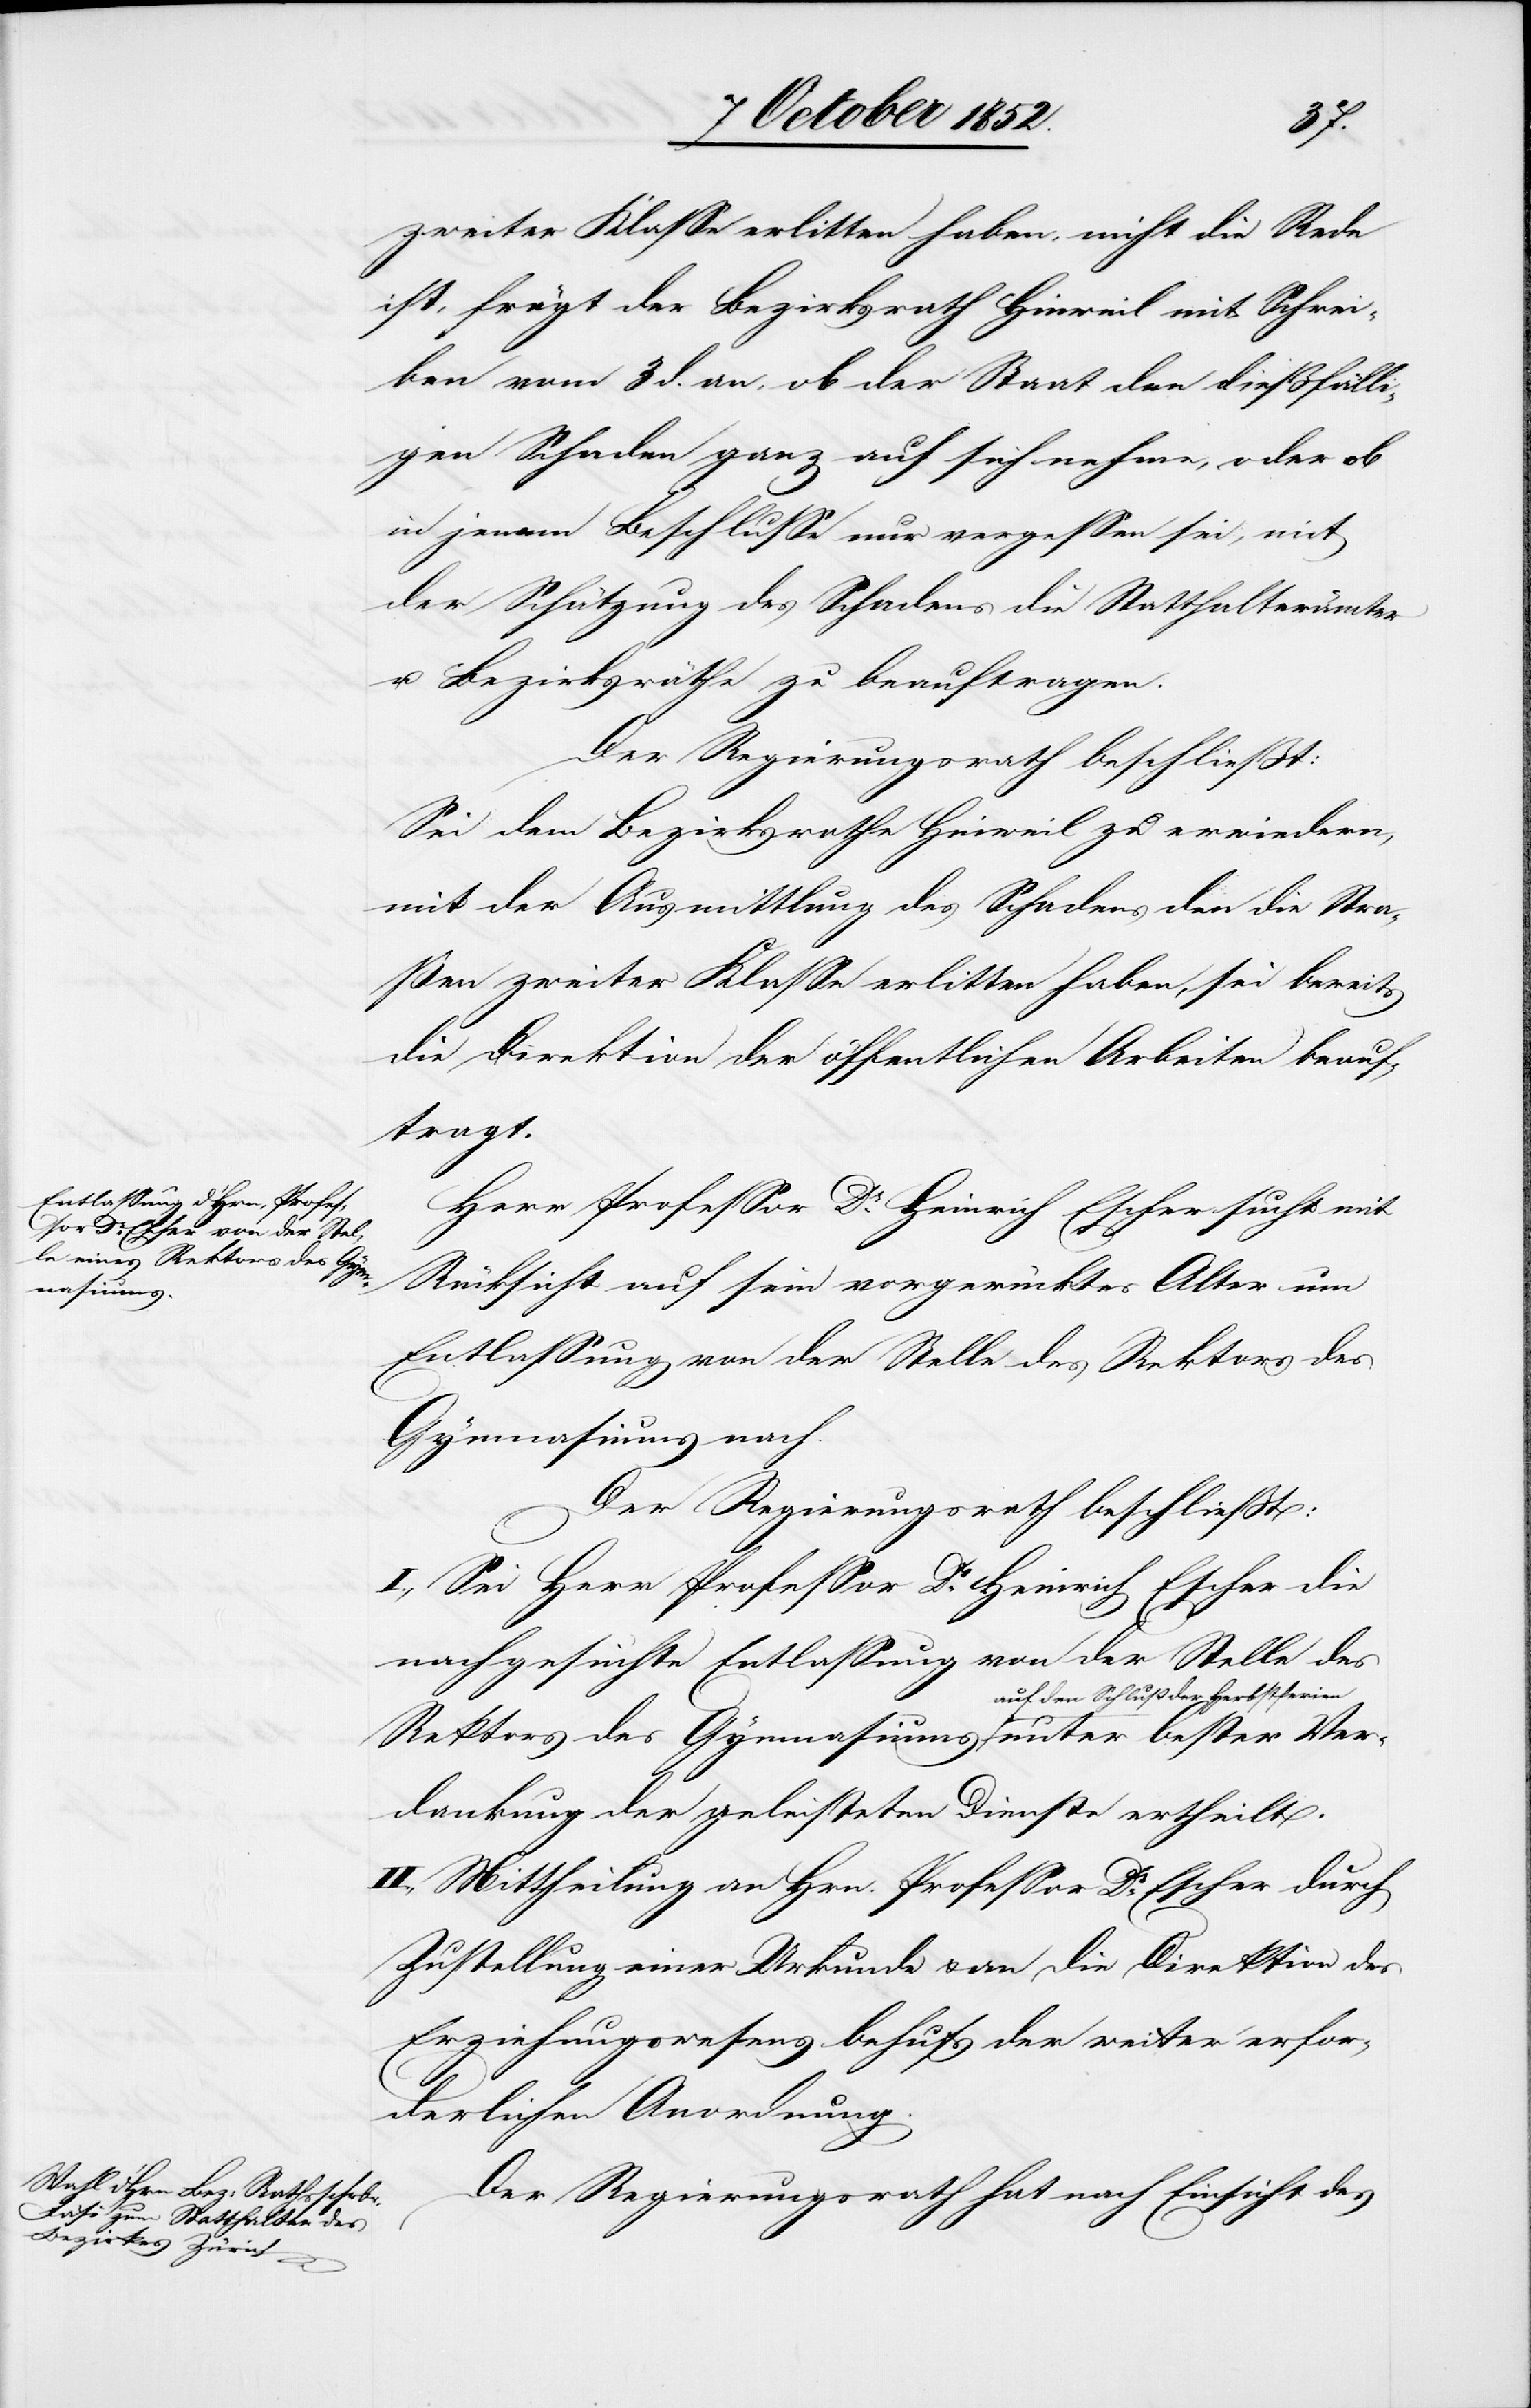
zweiter Klasse erlitten haben, nicht die Rede
ist, frägt der Bezirksrath Hinweil mit Schrei¬
ben vom 3 d. an, ob der Staat den dießfälli¬
gen Schaden ganz auf sich nehme, oder ob
in jenem Beschlusse nur vergessen sei, mit
der Schätzung des Schadens die Statthalterämter
u. Bezirksräthe zu beauftragen.
Der Regierungsrath beschließt:
Sei dem Bezirksrathe Hinweil zu erwiedern,
mit der Ausmittlung des Schadens den die Stra¬
ßen zweiter Klasse erlitten haben, sei bereits
die Direktion der öffentlichen Arbeiten beauf¬
Ver¬
Herr Professor Dr. Heinrich Escher sucht mit
Rücksicht auf sein vorgerücktes Alter um
Entlassung von der Stelle des Rektors des
Gymnasiums nach.
Der Regierungsrath beschließt:
I., Sei Herr Professor Dr. Heinrich Escher die
nachgesuchte Entlassung von der Stelle des
auf den Schluß der Herbstferien
dankung der geleisteten Dienste ertheilt.
II., Mittheilung an Hrn. Professor Dr. Escher durch
Zustellung einer Urkunde & an die Direktion des
Erziehungswesens behufs der weiter erfor¬
derlichen Anordnung.
Der Regierungsrath hat nach Einsicht des